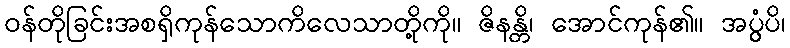
ဝန်တိုခြင်းအစရှိကုန်သောကိလေသာတို့ကို။ ဇိနန္တိ၊ အောင်ကုန်၏။ အပ္ပွံပိ၊